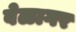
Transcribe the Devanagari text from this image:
वेळागर